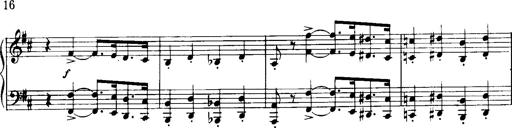
Title: Historische ungarische Bildnisse
Composer: Franz Liszt